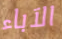
الآباء